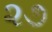
૨૭